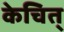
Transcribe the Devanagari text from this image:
केचित्